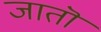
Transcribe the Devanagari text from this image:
जातॊ